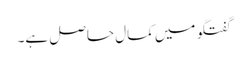
گفتگو میں کمال حاصل ہے۔